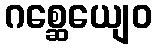
ဂစ္ဆေယျေဝ